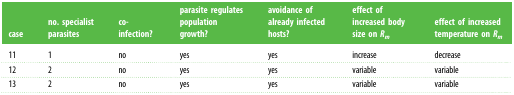
| case | no. specialist parasites | co-infection? | parasite regulates population growth? | avoidance of already infected hosts? | effect of increased body size on Rm | effect of increased temperature on Rm |
 | --- | --- | --- | --- | --- | --- | --- |
 | 11 | 1 | no | yes | yes | increase | decrease |
 | 12 | 2 | no | yes | yes | variable | variable |
 | 13 | 2 | no | yes | yes | variable | variable |